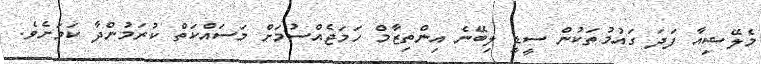
މެލޭޝިއާ ފަދަ ގައުމުތަކުން ސީޑީ ލިބޭނެ އިންތިޒާމް ހަމަޖެއްސުމަށް މަސައްކަތް ކުރަމުންދާ ކަމަށެވެ.